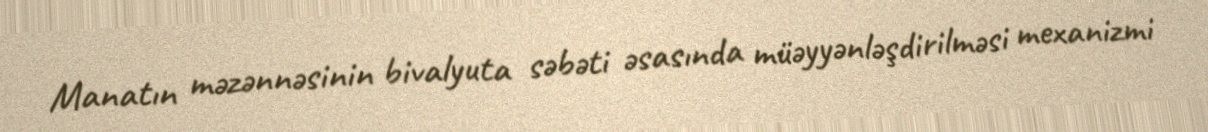
Manatın məzənnəsinin bivalyuta səbəti əsasında müəyyənləşdirilməsi mexanizmi